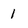
Character: 1